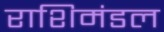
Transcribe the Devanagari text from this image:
राशिमंडल